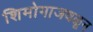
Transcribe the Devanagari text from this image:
शिमोगाजवळून